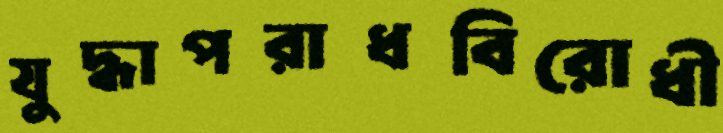
যুদ্ধাপরাধবিরোধী